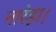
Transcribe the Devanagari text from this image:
नारेड़ा।